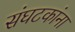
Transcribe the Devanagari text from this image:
संघटकांना